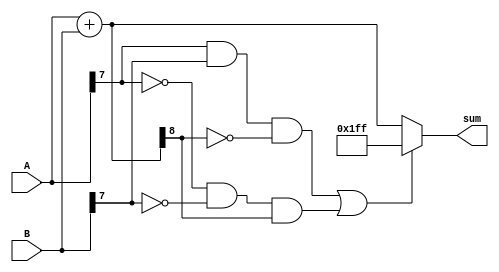
module fixed_point_adder (
    input [7:0] A,
    input [7:0] B,
    output reg [8:0] sum
);

reg [8:0] temp_sum;

always @* begin
    temp_sum = A + B;
    // Check for overflow condition
    if ((A[7] & B[7] & ~temp_sum[8]) | (~A[7] & ~B[7] & temp_sum[8])) begin
        sum = 9'b111111111; // Set max representable value for overflow
    end
    else begin
        sum = temp_sum;
    end
end

endmodule